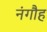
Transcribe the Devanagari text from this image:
नंगौह